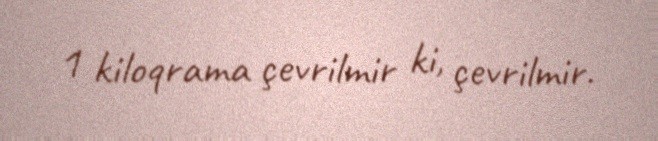
1 kiloqrama çevrilmir ki, çevrilmir.